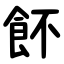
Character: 䬪